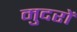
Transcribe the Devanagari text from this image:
मुदरों